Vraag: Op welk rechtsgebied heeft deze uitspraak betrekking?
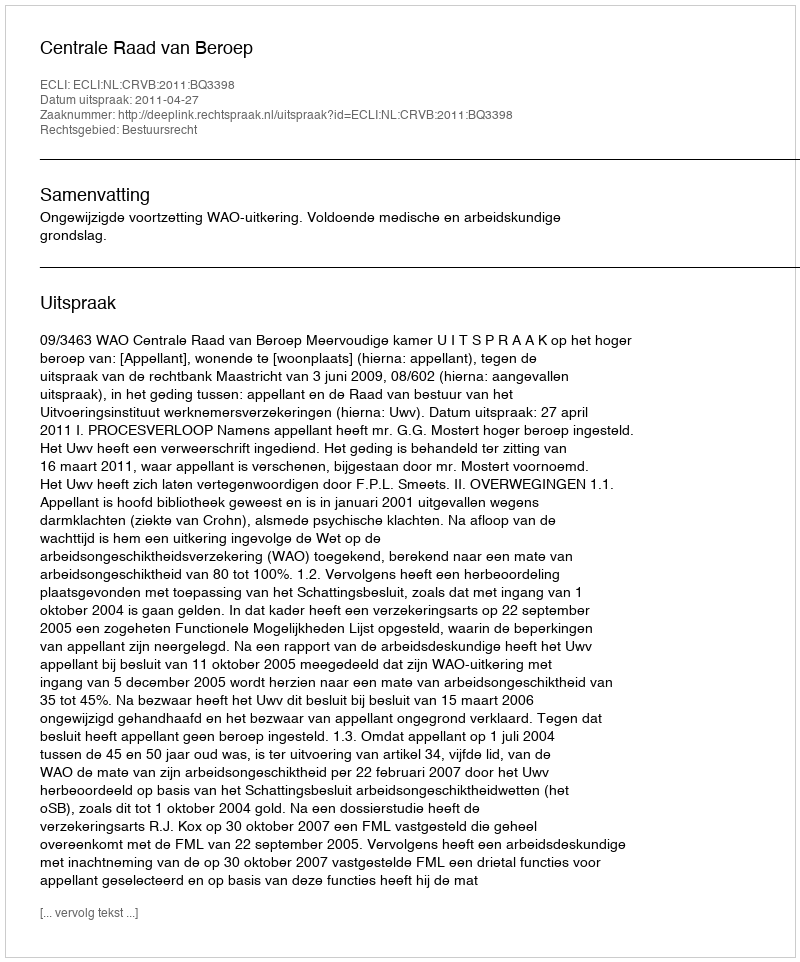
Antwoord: Bestuursrecht